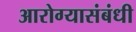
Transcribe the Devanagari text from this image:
आरोग्यासंबंधी